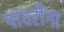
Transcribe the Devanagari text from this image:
पावरींना